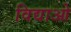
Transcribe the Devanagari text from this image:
विद्याओ